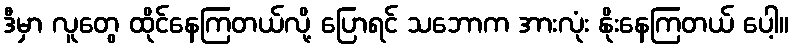
ဒီမှာ လူတွေ ထိုင်နေကြတယ်လို့ ပြောရင် သဘောက အားလုံး နိုးနေကြတယ် ပေါ့။